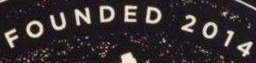
FOUNDED 2014